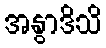
အနွာဒိသိ